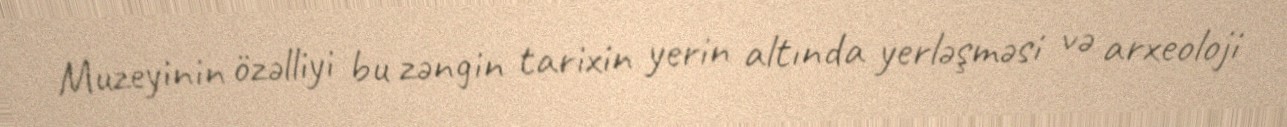
Muzeyinin özəlliyi bu zəngin tarixin yerin altında yerləşməsi və arxeoloji